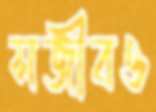
সজীবও